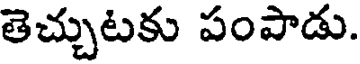
తెచ్చుటకు పంపాడు.